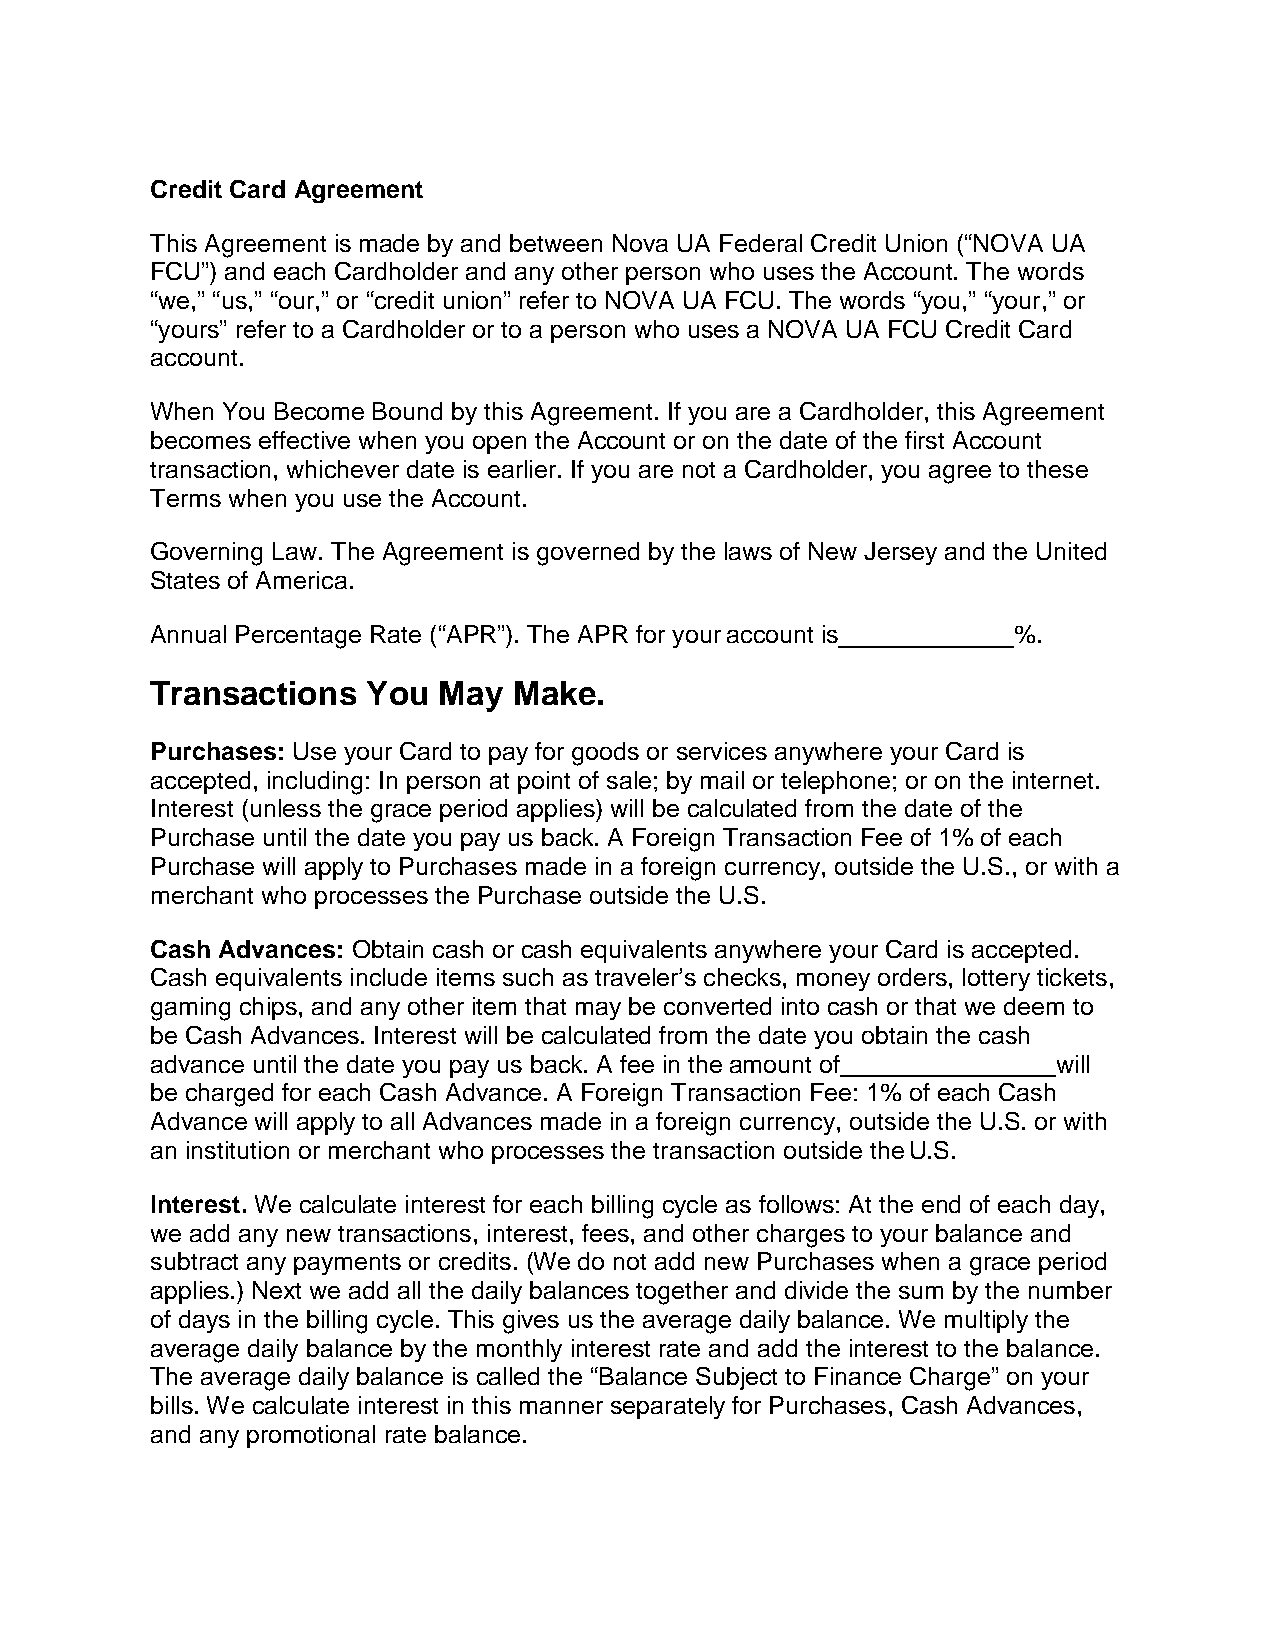
Credit Card Agreement
 This Agreement is made by and between Nova UA Federal Credit Union (“NOVA UA
 FCU”) and each Cardholder and any other person who uses the Account. The words
 “we,” “us,” “our,” or “credit union” refer to NOVA UA FCU. The words “you,” “your,” or
 “yours” refer to a Cardholder or to a person who uses a NOVA UA FCU Credit Card
 account.
 When You Become Bound by this Agreement. If you are a Cardholder, this Agreement
 becomes effective when you open the Account or on the date of the first Account
 transaction, whichever date is earlier. If you are not a Cardholder, you agree to these
 Terms when you use the Account.
 Governing Law. The Agreement is governed by the laws of New Jersey and the United
 States of America.
 Annual Percentage Rate (“APR”). The APR for your account is %.
 Transactions  You  May  Make.
 Purchases: Use your Card to pay for goods or services anywhere your Card is
 accepted, including: In person at point of sale; by mail or telephone; or on the internet.
 Interest (unless the grace period applies) will be calculated from the date of the
 Purchase until the date you pay us back. A Foreign Transaction Fee of 1% of each
 Purchase will apply to Purchases made in a foreign currency, outside the U.S., or with a
 merchant who processes the Purchase outside the U.S.
 Cash Advances: Obtain cash or cash equivalents anywhere your Card is accepted.
 Cash equivalents include items such as traveler’s checks, money orders, lottery tickets,
 gaming chips, and any other item that may be converted into cash or that we deem to
 be Cash Advances. Interest will be calculated from the date you obtain the cash
 advance until the date you pay us back. A fee in the amount of will
 be charged for each Cash Advance. A Foreign Transaction Fee: 1% of each Cash
 Advance will apply to all Advances made in a foreign currency, outside the U.S. or with
 an institution or merchant who processes the transaction outside the U.S.
 Interest. We calculate interest for each billing cycle as follows: At the end of each day,
 we add any new transactions, interest, fees, and other charges to your balance and
 subtract any payments or credits. (We do not add new Purchases when a grace period
 applies.) Next we add all the daily balances together and divide the sum by the number
 of days in the billing cycle. This gives us the average daily balance. We multiply the
 average daily balance by the monthly interest rate and add the interest to the balance.
 The average daily balance is called the “Balance Subject to Finance Charge” on your
 bills. We calculate interest in this manner separately for Purchases, Cash Advances,
 and any promotional rate balance.